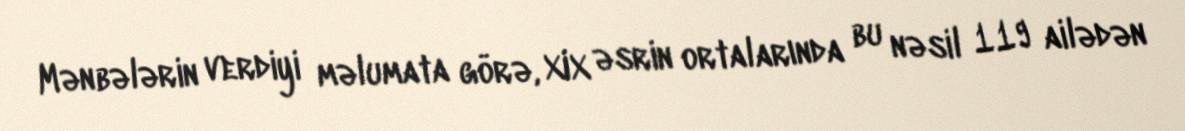
Mənbələrin verdiyi məlumata görə, XIX əsrin ortalarında bu nəsil 119 ailədən